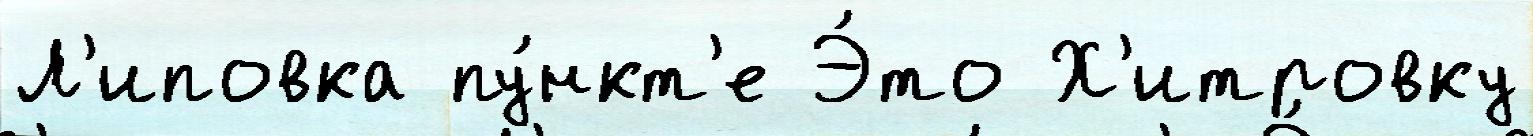
Л'иповка пу́нкт'е Э́то Х'итровку